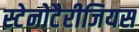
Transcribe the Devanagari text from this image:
स्टेनोटैरीजियस